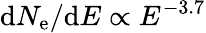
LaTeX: \mathrm{d}N_{\mathrm{e}}/\mathrm{d}E\propto E^{-3.7}